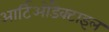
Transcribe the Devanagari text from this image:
आर्टिओडैक्टाइल